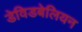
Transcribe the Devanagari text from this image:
डेविडबेलियन